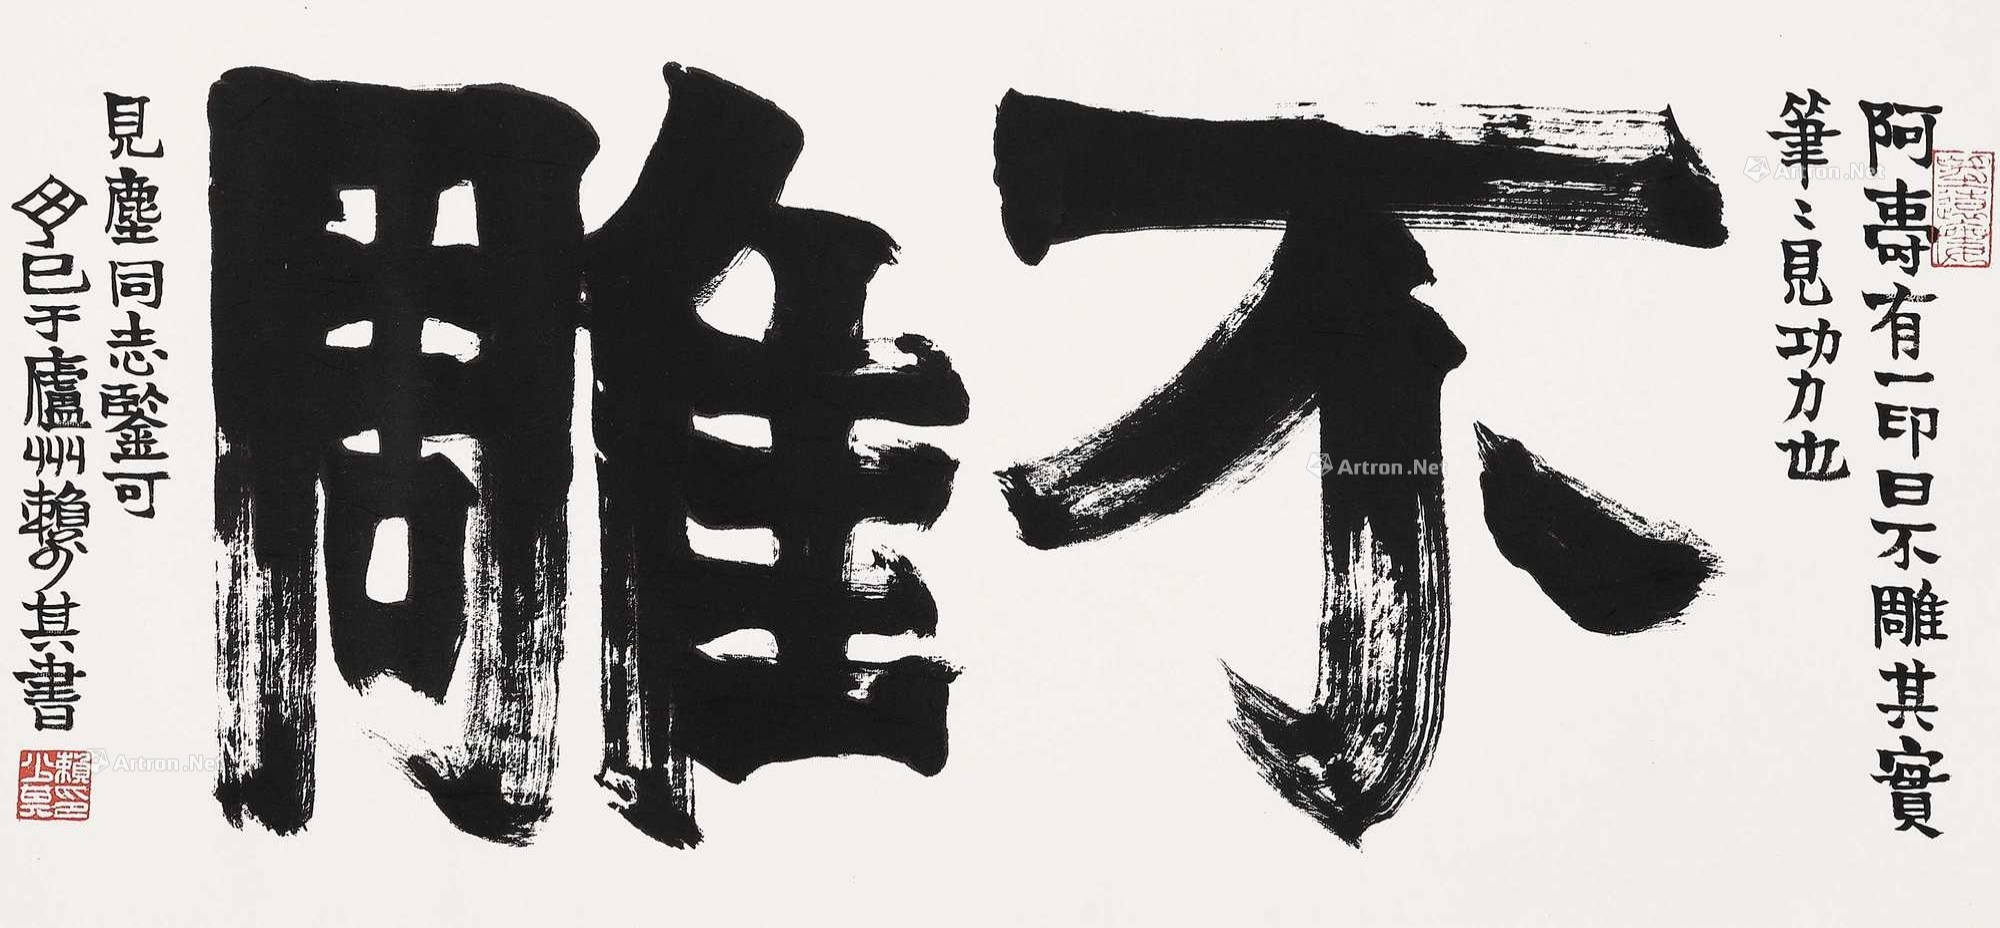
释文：不雕。阿寿有一印，曰不雕，其实笔笔见功力也。见尘同志鉴可，丁巳于庐州赖少其书。